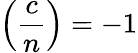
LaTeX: \left({\frac{c}{n}}\right)=-1